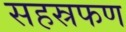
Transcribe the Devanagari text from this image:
सहस्रफण